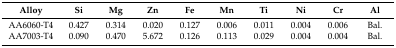
<table><thead><tr><td><b>Alloy</b></td><td><b>Si</b></td><td><b>Mg</b></td><td><b>Zn</b></td><td><b>Fe</b></td><td><b>Mn</b></td><td><b>Ti</b></td><td><b>Ni</b></td><td><b>Cr</b></td><td><b>Al</b></td></tr></thead><tbody><tr><td>AA6060-T4</td><td>0.427</td><td>0.314</td><td>0.020</td><td>0.127</td><td>0.006</td><td>0.011</td><td>0.004</td><td>0.006</td><td>Bal.</td></tr><tr><td>AA7003-T4</td><td>0.090</td><td>0.470</td><td>5.672</td><td>0.126</td><td>0.113</td><td>0.029</td><td>0.004</td><td>0.004</td><td>Bal.</td></tr></tbody></table>